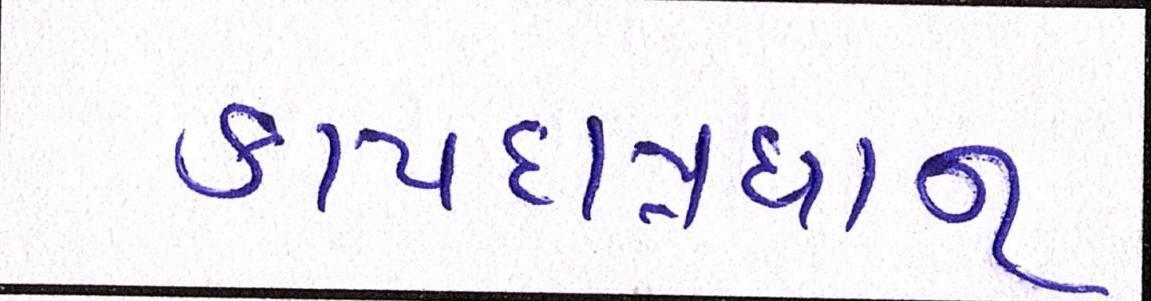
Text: કાયદાપ્રધાન